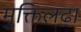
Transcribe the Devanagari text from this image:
मुक्तिलढा